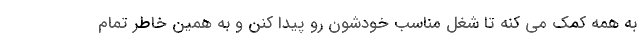
به همه کمک می کنه تا شغل مناسب خودشون رو پیدا کنن و به همین خاطر تمام